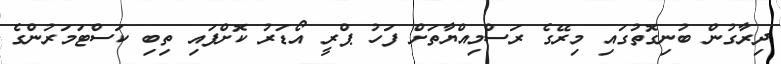
ދިރާގުން ބުނިގޮތުގައި މިރޭގެ ރަސްމިއްޔާތަށް ފަހު ޕްރީ އޯޑަރު ކޮށްފައި ތިބި ކަސްޓަމަރުންގެ